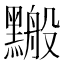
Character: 𪒋